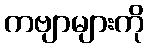
ကဗျာများကို